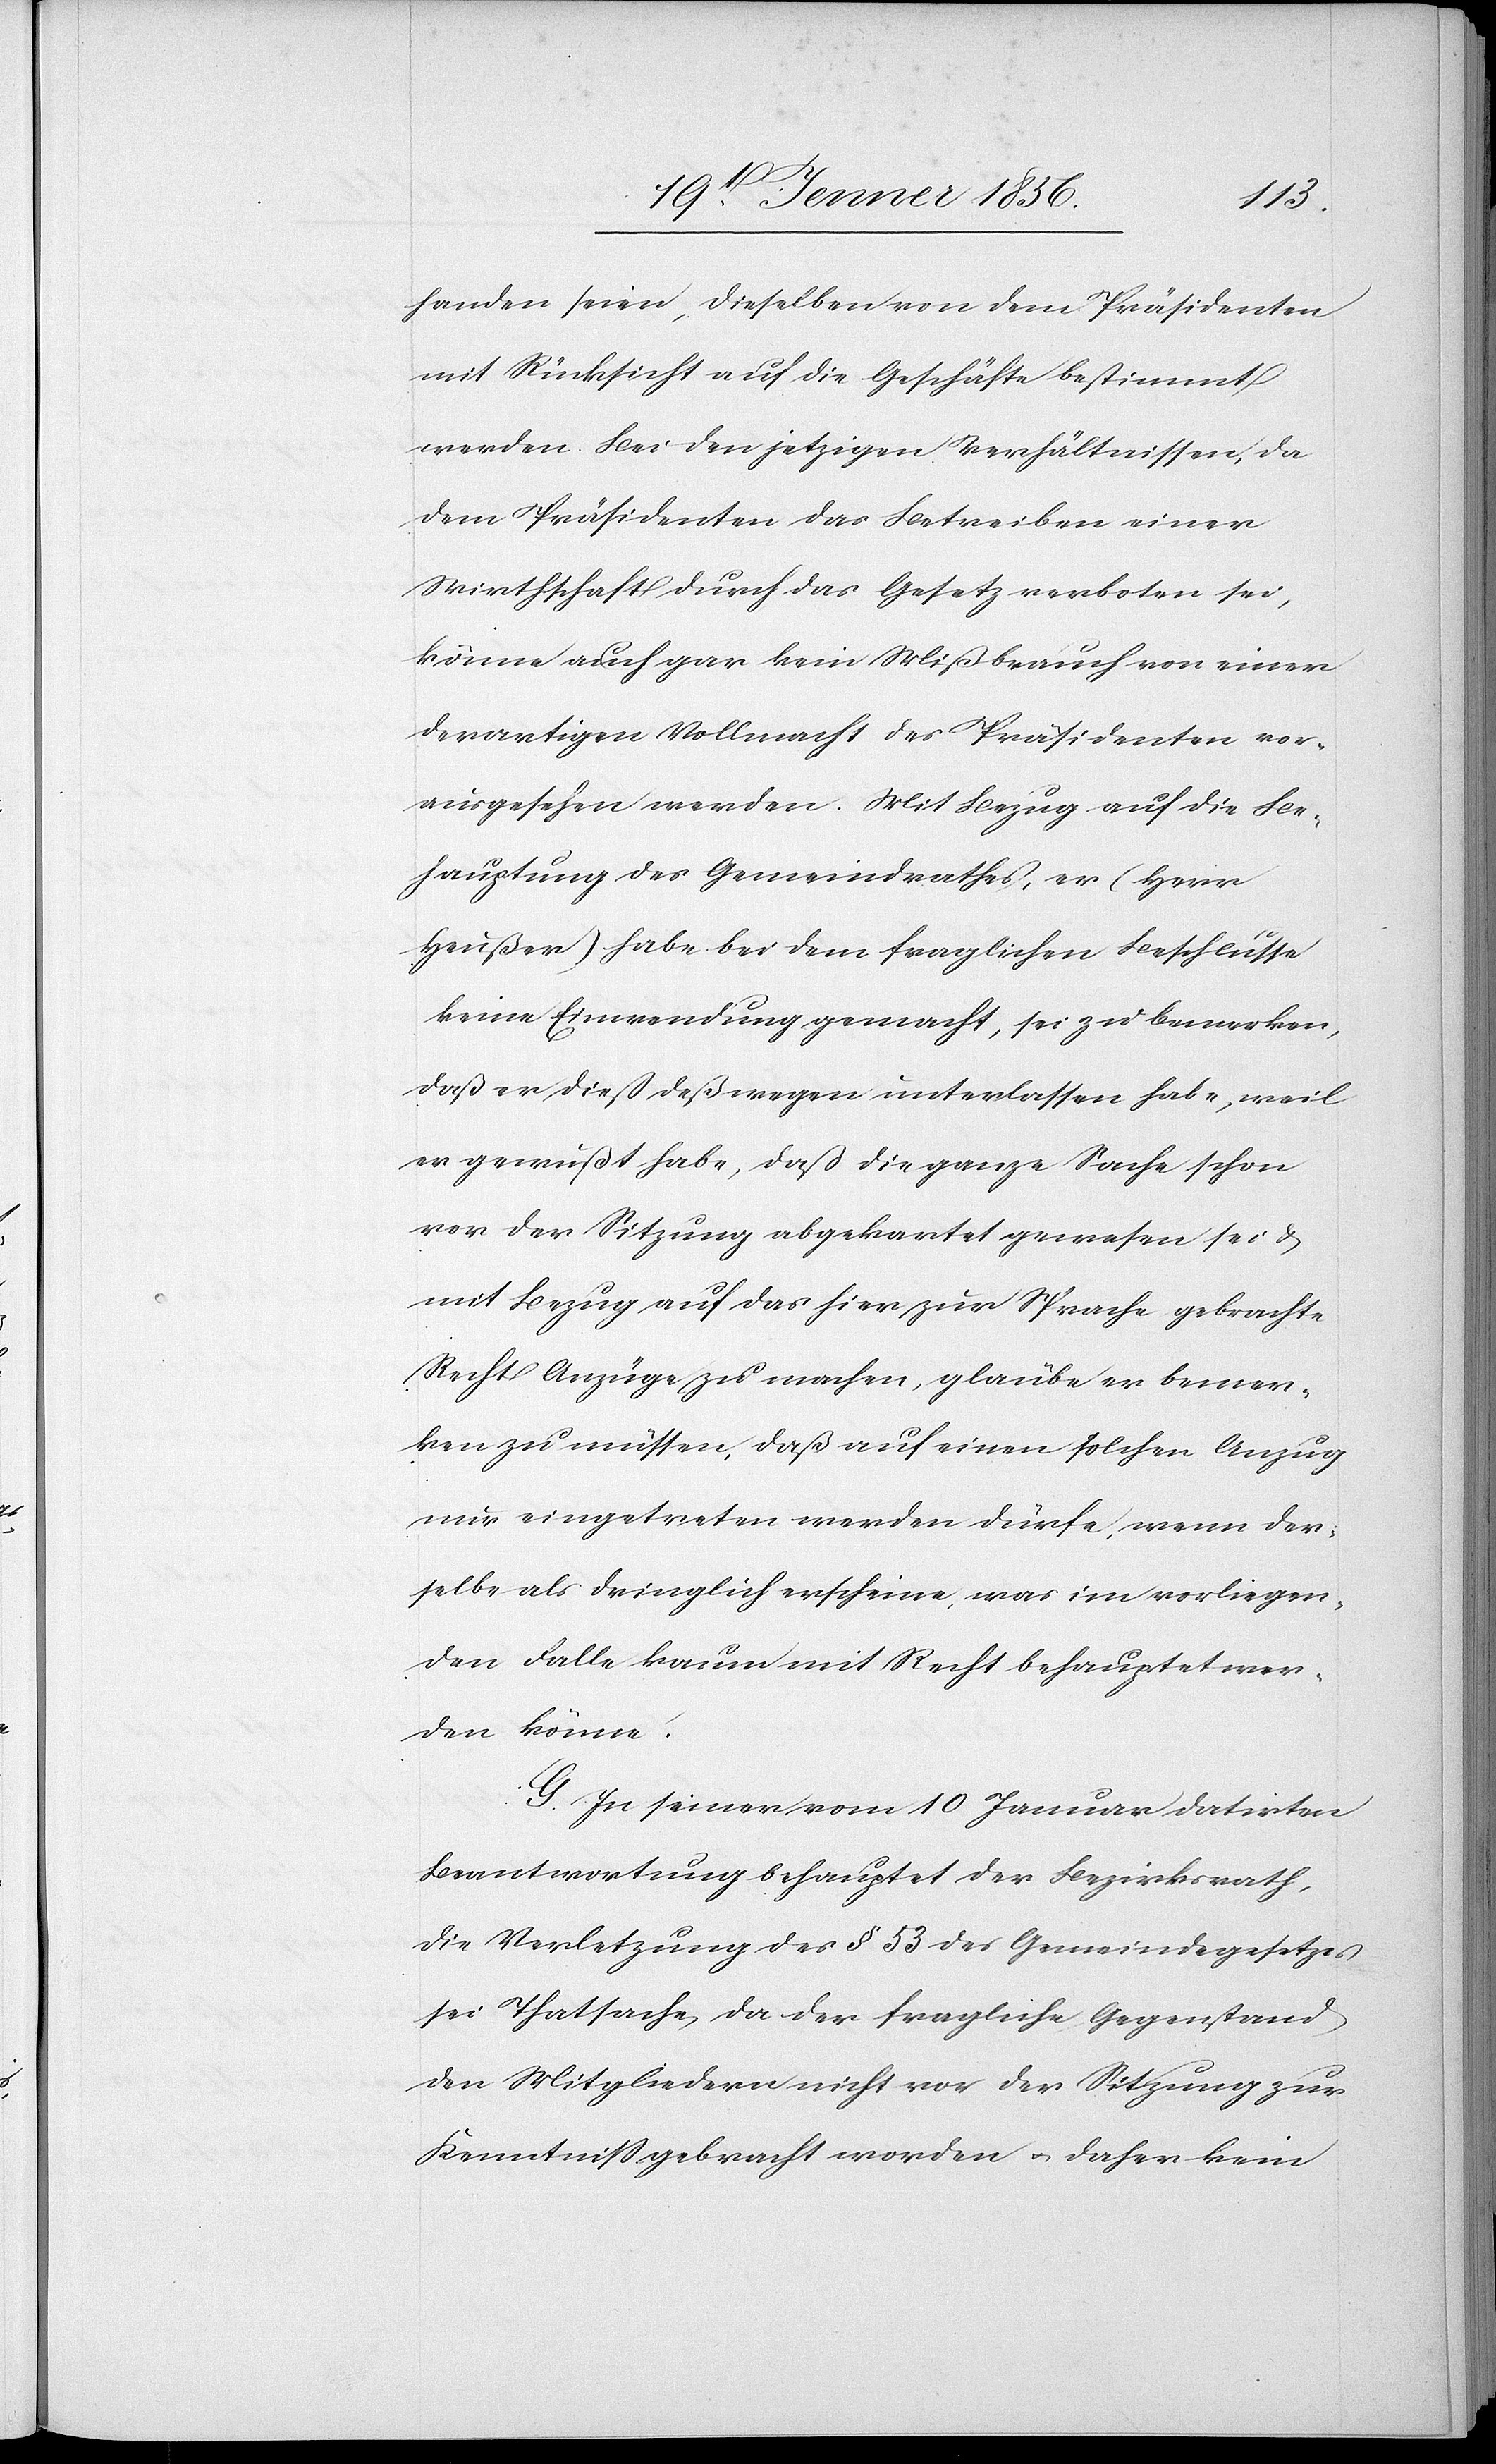
handen seien, dieselben von dem Präsidenten
mit Rücksicht auf die Geschäfte bestimmt
werden. Bei den jetzigen Verhältnissen, da
dem Präsidenten das Betreiben einer
Wirthschaft durch das Gesetz verboten sei,
könne auch gar kein Mißbrauch von einer
derartigen Vollmacht des Präsidenten vor¬
ausgesehen werden. Mit Bezug auf die Be¬
hauptung des Gemeindrathes, er (Herr
Heußer) habe bei dem fraglichen Beschlusse
keine Einwendung gemacht, sei zu bemerken,
daß er dieß deßwegen unterlassen habe, weil
er gewußt habe, daß die ganze Sache schon
vor der Sitzung abgekartet gewesen sei &
mit Bezug auf das hier zur Sprache gebrachte
Recht Anzüge zu machen, glaube er bemer¬
ken zu müssen, daß auf einen solchen Anzug
nur eingetreten werden dürfe, wenn der¬
selbe als dringlich erscheine, was im vorliegen¬
den Falle kaum mit Recht behauptet wer¬
den könne.
G. In seiner vom 10 Januar datirten
Beantwortung behauptet der Bezirksrath,
die Verletzung des § 53 des Gemeindegesetzes
sei Thatsache, da der fragliche Gegenstand
den Mitgliedern nicht vor der Sitzung zur
Kenntniß gebracht worden u. daher kein